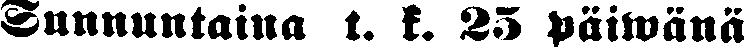
Sunnuntaina t. k. 25 päiwänä